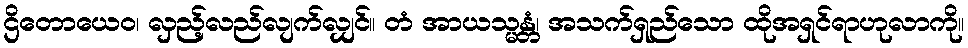
ဌိတောယေဝ၊ လှည့်လည်လျက်လျှင်။ တံ အာယသ္မန္တံ၊ အသက်ရှည်သော ထိုအရှင်ရာဟုလာကို။